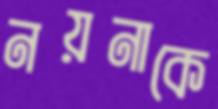
নয়নাকে